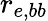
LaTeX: r_{e,bb}